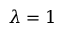
\lambda = 1